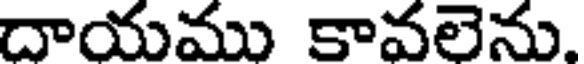
దాయము కావలెను.